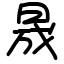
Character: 晟